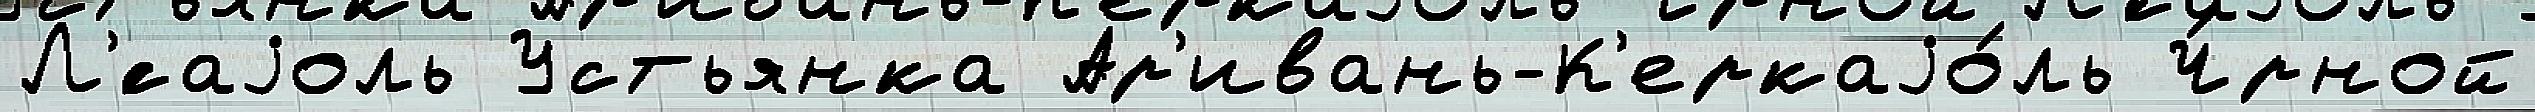
Л'́саjоль Устьянка Ар'ивань-К'еркаjо́ль Ч́рной